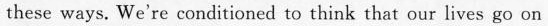
these ways. We're conditioned to think that our lives go on